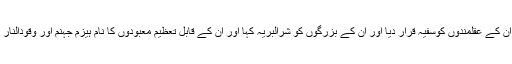
توُ نے ان کے عقلمندوں کوسفیہ قرار دیا اور ان کے بزرگوں کو شرالبریہ کہا اور ان کے قابل تعظیم معبودوں کا نام ہَیْزَمِ جَہَنّم اور وَقُوْدُالنَّار رکھا‘‘۔